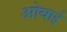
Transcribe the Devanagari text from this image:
ओवाई